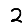
Digit: 2